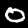
Digit: 0